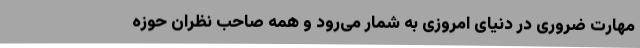
مهارت ضروری در دنیای امروزی به شمار می‌رود و همه صاحب نظران حوزه